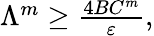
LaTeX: \begin{array}{r}{\Lambda^{m}\ge\frac{4BC^{m}}{\varepsilon},}\end{array}